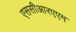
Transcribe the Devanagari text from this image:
एससीआरएएम